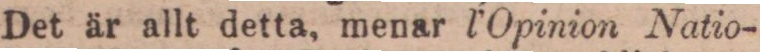
Det är allt detta, menar l’Opinion Natio-